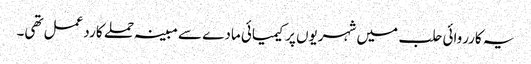
یہ کارروائی حلب میں شہریوں پر کیمیائی مادے سے مبینہ حملے کا ردعمل تھی۔